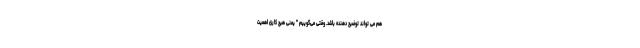
هم می تواند توضیح دهنده باشد. وقتی می‌گوییم " یعنی هیچ کاری اهمیت